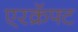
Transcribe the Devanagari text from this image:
एरक्रॅफ्ट